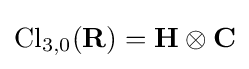
\mathrm {Cl} _{3,0}(\mathbf {R} )=\mathbf {H} \otimes \mathbf {C}